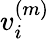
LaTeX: v_{i}^{(m)}